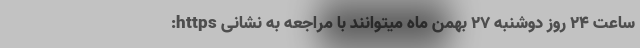
ساعت 24 روز دوشنبه 27 بهمن ماه میتوانند با مراجعه به نشانی https: